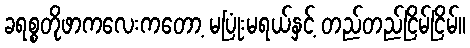
ခရစ္စတိုဖာကလေးကတော့ မပြုံးမရယ်နှင့် တည်တည်ငြိမ်ငြိမ်။